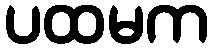
ပထမက